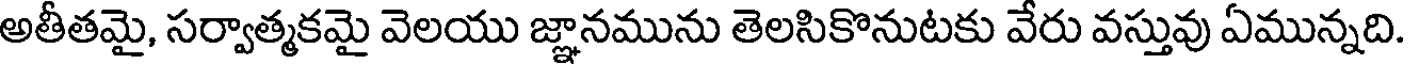
అతీతమై, సర్వాత్మకమై వెలయు జ్ఞానమును తెలసికొనుటకు వేరు వస్తువు ఏమున్నది